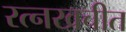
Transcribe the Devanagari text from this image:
रत्नखचीत